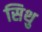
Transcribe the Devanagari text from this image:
सिथु